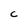
Character: C